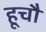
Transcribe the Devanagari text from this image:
हूचौ